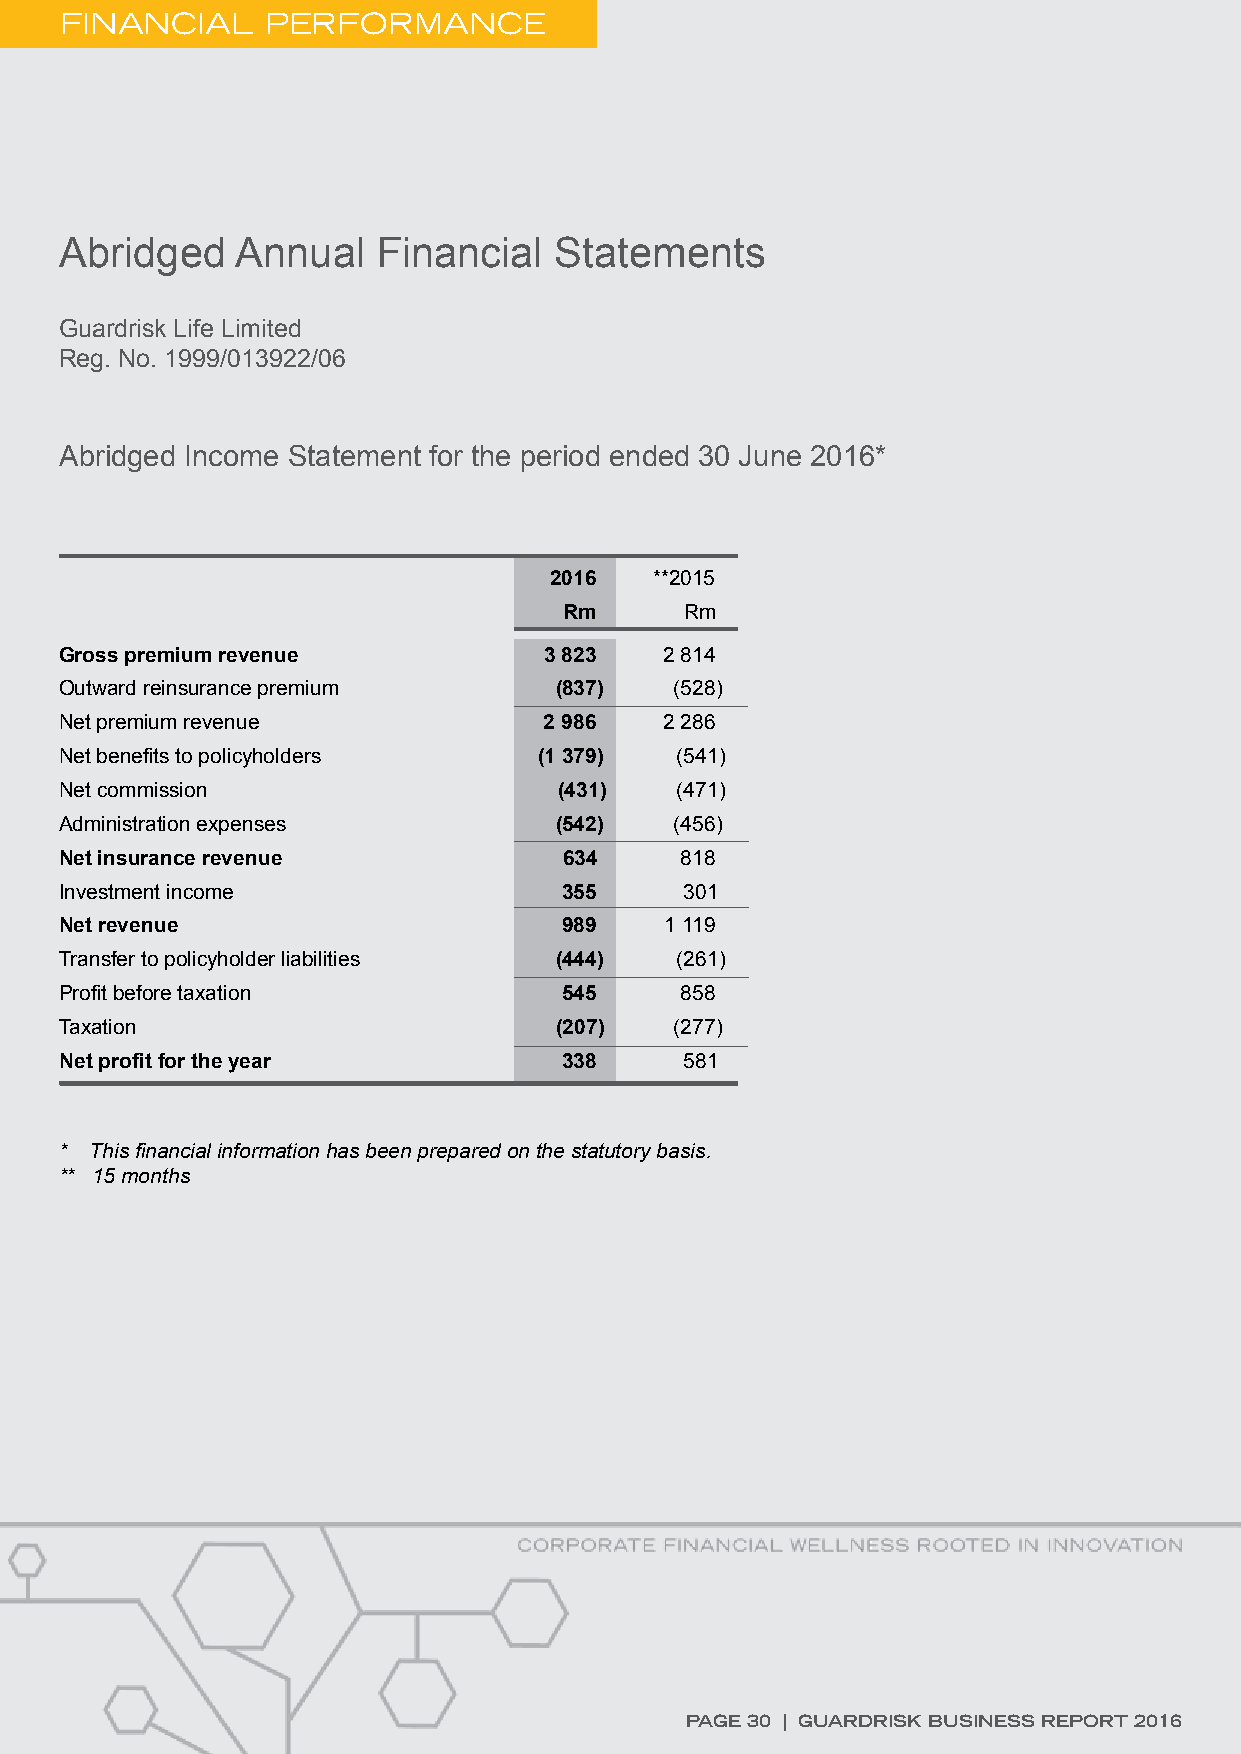
FINANCIAL     PERFORMANCE
 Abridged    Annual   Financial   Statements
 Guardrisk Life Limited
 Reg. No. 1999/013922/06
 Abridged Income Statement for the period ended 30 June 2016*
 2016   **2015
 Rm      Rm
 Gross premium revenue           3 823   2 814
 Outward reinsurance premium      (837)   (528)
 Net premium revenue             2 986   2 286
 Net benefits to policyholders   (1 379)  (541)
 Net commission                   (431)   (471)
 Administration expenses          (542)   (456)
 Net insurance revenue            634     818
 Investment income                355     301
 Net revenue                      989    1 119
 Transfer to policyholder liabilities (444) (261)
 Profit before taxation           545     858
 Taxation                         (207)   (277)
 Net profit for the year          338     581
 * This financial information has been prepared on the statutory basis.
 ** 15 months
 PAGE 30 | GUARDRISK BUSINESS REPORT 2016